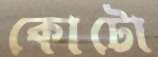
কোটো